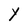
Character: Y